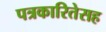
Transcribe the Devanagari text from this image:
पत्रकारितेसह